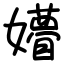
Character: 㜴